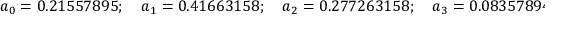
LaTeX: a _ { 0 } = 0 . 2 1 5 5 7 8 9 5 ; \quad a _ { 1 } = 0 . 4 1 6 6 3 1 5 8 ; \quad a _ { 2 } = 0 . 2 7 7 2 6 3 1 5 8 ; \quad a _ { 3 } = 0 . 0 8 3 5 7 8 9 4 7 ; \quad a _ { 4 } = 0 . 0 0 6 9 4 7 3 6 8 .